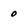
Character: 0